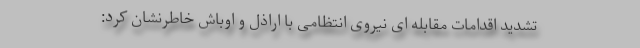
تشدید اقدامات مقابله ای نیروی انتظامی با اراذل و اوباش خاطرنشان کرد: